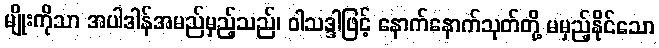
မျိုးကိုသာ အပါဒါန်အမည်မှည့်သည်၊ ဝါသဒ္ဒါဖြင့် နောက်နောက်သုတ်တို့ မမှည့်နိုင်သော